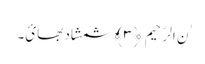
ٰنِ الرَّحِیمِ ﴿٣﴾ شمشاد بھائ۔